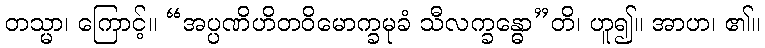
တသ္မာ၊ ကြောင့်။ “အပ္ပဏိဟိတဝိမောက္ခမုခံ သီလက္ခန္ဓော”တိ၊ ဟူ၍။ အာဟ၊ ၏။